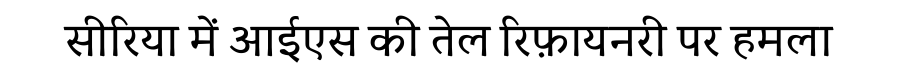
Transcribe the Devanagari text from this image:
सीरिया में आईएस की तेल रिफ़ायनरी पर हमला